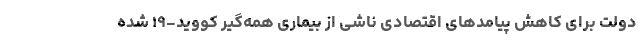
دولت برای كاهش پیامدهای اقتصادی ناشی از بیماری همه‌گیر کووید-۱۹ شده